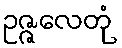
ဥဇ္ဇလေတုံ